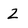
Character: Z